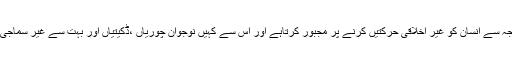
ٹینچوں کے استعمال کے بعد انسان کی ہوش ٹھکانے نہیں ہوتاہے اور اس کی وجہ سے انسان کو غیر اخلاقی حرکتیں کرنے پر مجبور کرتاہے اور اس سے کہیں نوجوان چوریاں ،ڈکیتیاں اور بہت سے غیر سماجی و غیر اخلاقی حرکتیں کررہے ہیں جس سے یاسین کے عوام سخت پریشان ہیں ۔